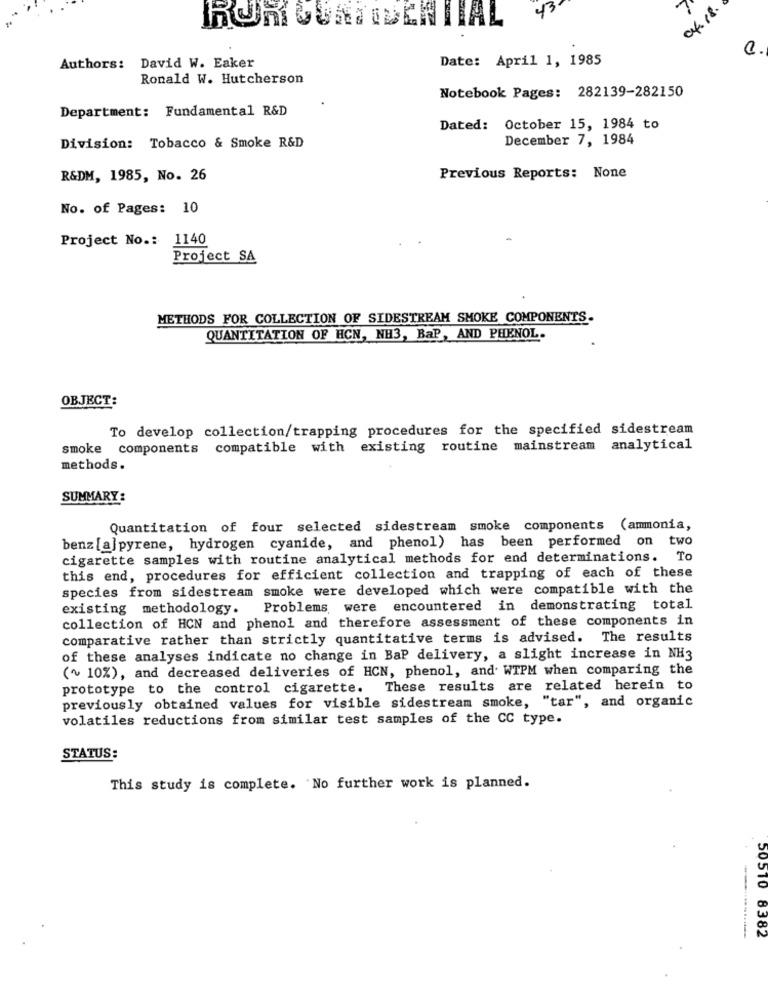
43
04.18.
IL
Date: April 1, 1985
Authors: David W. Eaker
Ronald W. Hutcherson
Notebook Pages: 282139-282150
Department: Fundamental R&D
Dated:
October 15, 1984 to
December 7, 1984
Division: Tobacco & Smoke R&D
R&DM, 1985, No. 26
Previous Reports: None
No. of Pages: 10
Project No .: 1140
Project SA
METHODS FOR COLLECTION OF SIDESTREAM SMOKE COMPONENTS.
QUANTITATION OF HCN, NH3, BaP, AND PHENOL.
OBJECT:
To develop collection/trapping procedures for the specified sidestream
smoke components compatible with existing routine mainstream
analytical
methods.
SUMMARY:
Quantitation of four selected sidestream smoke components (ammonia,
benz [a]pyrene, hydrogen cyanide, and phenol) has been performed on two
cigarette samples with routine analytical methods for end determinations. To
this end, procedures for efficient collection and trapping of each of these
species from sidestream smoke were developed which were compatible with the
existing methodology. Problems, were encountered in demonstrating total
collection of HCN and phenol and therefore assessment of these components in
comparative rather than strictly quantitative terms is advised. The results
of these analyses indicate no change in BaP delivery, a slight increase in NH3
(~ 10%), and decreased deliveries of HCN, phenol, and. WTPM when comparing the
prototype to the control cigarette. These results are related herein to
previously obtained values for visible sidestream smoke, "tar", and organic
volatiles reductions from similar test samples of the CC type.
STATUS:
This study is complete. No further work is planned.
50510 8382